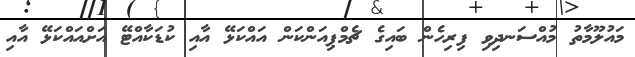
މައުލޫމާތު މުއްސަނދިވި ފިރިހެން ބައިގެ ޗެމްޕިއަންކަން އައްކަޅޭ އާއި ކުޑަކާއްޓޭ އަށްއައްކަޅޭ އާއި